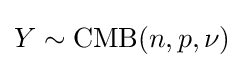
Y\sim \operatorname {CMB} (n,p,\nu )